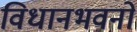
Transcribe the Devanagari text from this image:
विधानभवनों